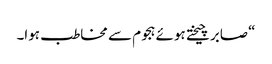
“صابر چیختے ہوئے ہجوم سے مخاطب ہوا۔